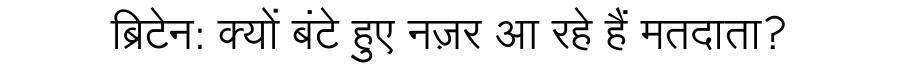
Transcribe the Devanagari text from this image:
ब्रिटेन: क्यों बंटे हुए नज़र आ रहे हैं मतदाता?